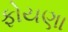
ફોયણા